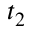
t _ { 2 }